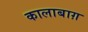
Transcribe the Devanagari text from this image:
कालाबाग़